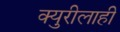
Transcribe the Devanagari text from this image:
क्युरीलाही